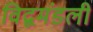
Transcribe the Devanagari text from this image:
विद्वमंडली